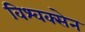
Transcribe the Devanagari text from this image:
विश्वक्सेन